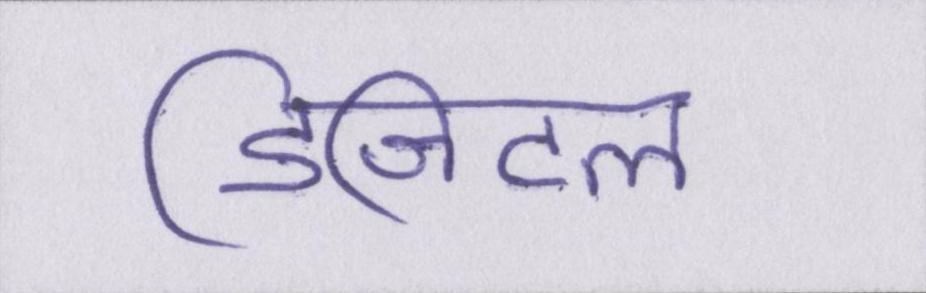
डिजिटल